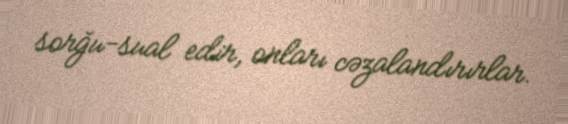
sorğu-sual edir, onları cəzalandırırlar.